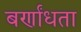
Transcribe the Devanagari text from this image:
बर्णांधता